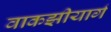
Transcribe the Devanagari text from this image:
वाकझीयार्ग